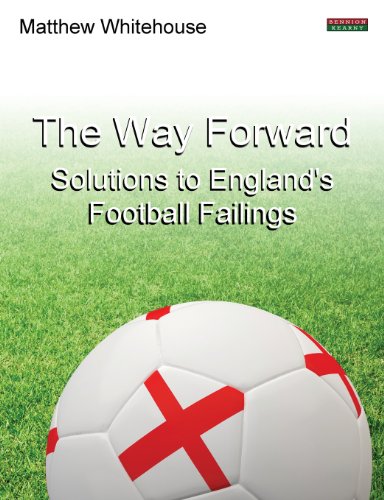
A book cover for The Way Forward: Solutions to England's Football Failings; Matthew Whitehouse; Sports & Outdoors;